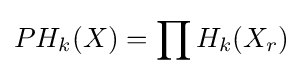
PH_{k}(X)=\prod H_{k}(X_{r})